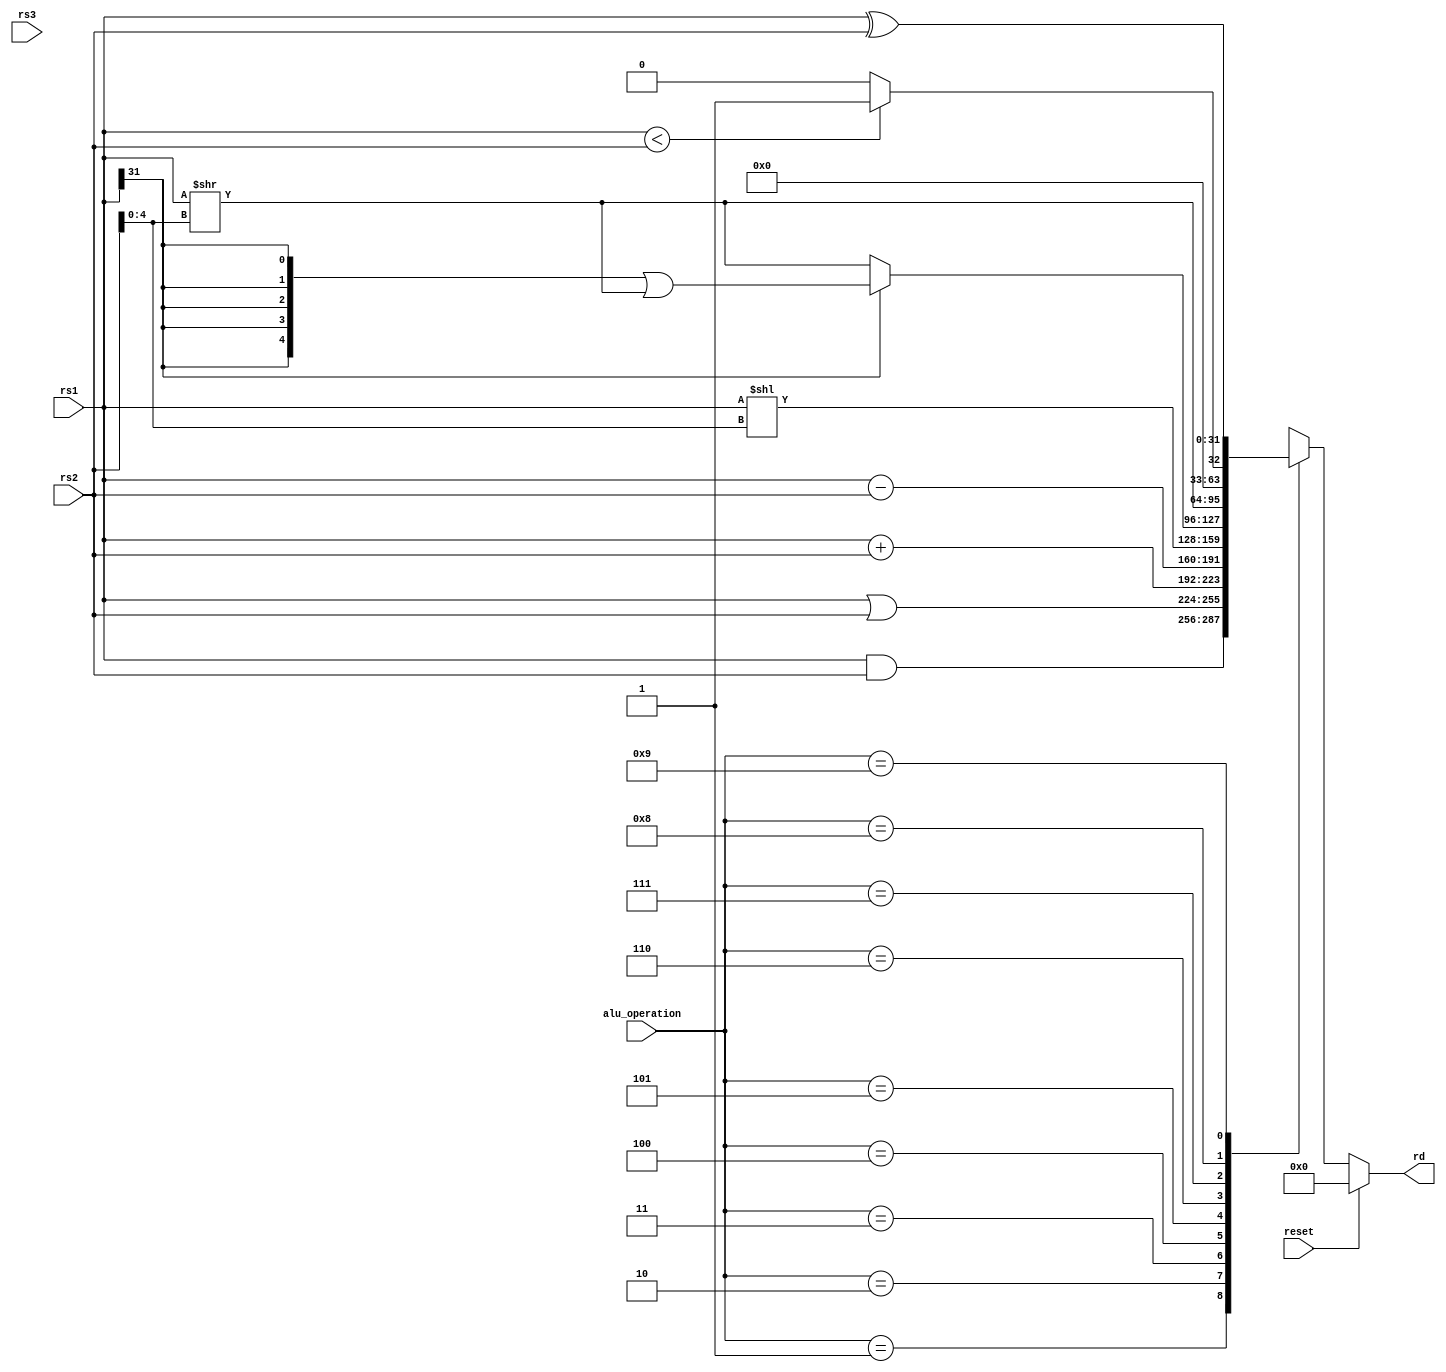
`timescale 1ns / 1ps
//////////////////////////////////////////////////////////////////////////////////
// Company:
// Engineer:
//
// Design Name:
// Module Name: alu
// Project Name:
// Target Devices:
// Tool Versions:
// Description:
//
// Dependencies:
//
// Revision:
// Revision 0.01 - File Created
// Additional Comments:
//
//////////////////////////////////////////////////////////////////////////////////


//`timescale 1ns / 1ps
//////////////////////////////////////////////////////////////////////////////////
// Company:
// Engineer:
//
// Design Name:
// Module Name: alu
// Project Name:
// Target Devices:
// Tool Versions:
// Description:
//
// Dependencies:
//
// Revision:
// Revision 0.01 - File Created
// Additional Comments:
//
//////////////////////////////////////////////////////////////////////////////////

//
//`include "riscv_define_all.v"
//
module alu(
    input reset,
    input [31:0]    rs1,
    input [31:0]    rs2,
    input [31:0]    rs3,
    input [3:0]     alu_operation,
    output reg[31:0]    rd  
    );
    //reg [31:0] rd;
    reg [4:0] rs2_5b;
   
    always @(*)
    begin
        if(reset == 1) begin
            rd = 0;
        end
        else begin
            case(alu_operation)
                4'd1:
                    begin
                        rd = rs1 & rs2;
                    end
                4'd2:
                    begin
                        rd = rs1 | rs2;
                    end
                4'd3:
                    begin
                        rd = rs1 + rs2;
                    end
                4'd4:
                    begin
                        rd = rs1 - rs2;
                    end
                4'd5:                        //SLL
                    begin
                        rs2_5b = rs2[4:0];
                        rd = rs1 << rs2_5b;
                    end
                4'd6:                          //SRA
                    begin
                        rs2_5b= rs2[4:0];
                        rd= (rs1[31]==1) ? ({5{rs1[31]}} | (rs1>>rs2_5b)): (rs1>> rs2_5b);
                    end
                4'd7:                        //SRL
                    begin
                        rs2_5b = rs2[4:0];
                        rd = rs1 >> rs2_5b;
                    end
                4'd8:                         //slt
                    begin
                       rd= (rs1 < rs2)? 1:0;
                    end    
                4'd9:                      //xor
                     begin
                        rd = rs1 ^ rs2;
                     end
                default:
                    begin
                        rd = 32'bx;
                    end
            endcase
        end
    end
   
   // assign rd = rd;
endmodule